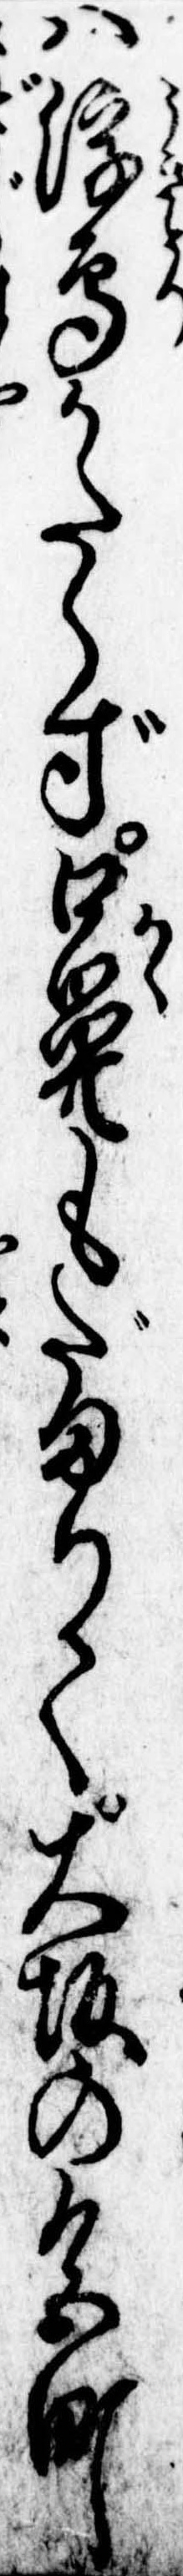
は浮鳥かたらず口鼻もだまりて大坂の色町